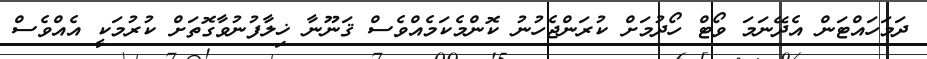
ދަމަހައްޓަން އެދޭނަމަ ވޯޓް ހޯދުމަށް ކުރަންޖެހުނު ކޮންމެކަމެއްވެސް ޤަނޫނާ ޚިލާފުނުވާގޮތަށް ކުރުމަކީ އެއްވެސް